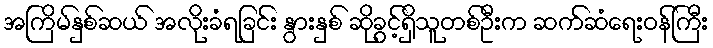
အကြိမ်နှစ်ဆယ် အလိုးခံရခြင်း နွားနှစ် ဆိုခွင့်ရှိသူတစ်ဦးက ဆက်ဆံရေးဝန်ကြီး